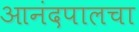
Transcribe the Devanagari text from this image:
आनंदपालचा